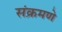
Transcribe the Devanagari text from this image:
संक्रमणे